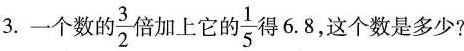
3.一个数 \frac{3}{2} 音加上它 \frac{1}{5}寻6.8，这个数是多少?